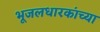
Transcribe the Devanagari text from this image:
भूजलधारकांच्या